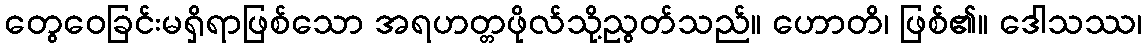
တွေဝေခြင်းမရှိရာဖြစ်သော အရဟတ္တဖိုလ်သို့ညွတ်သည်။ ဟောတိ၊ ဖြစ်၏။ ဒေါသဿ၊